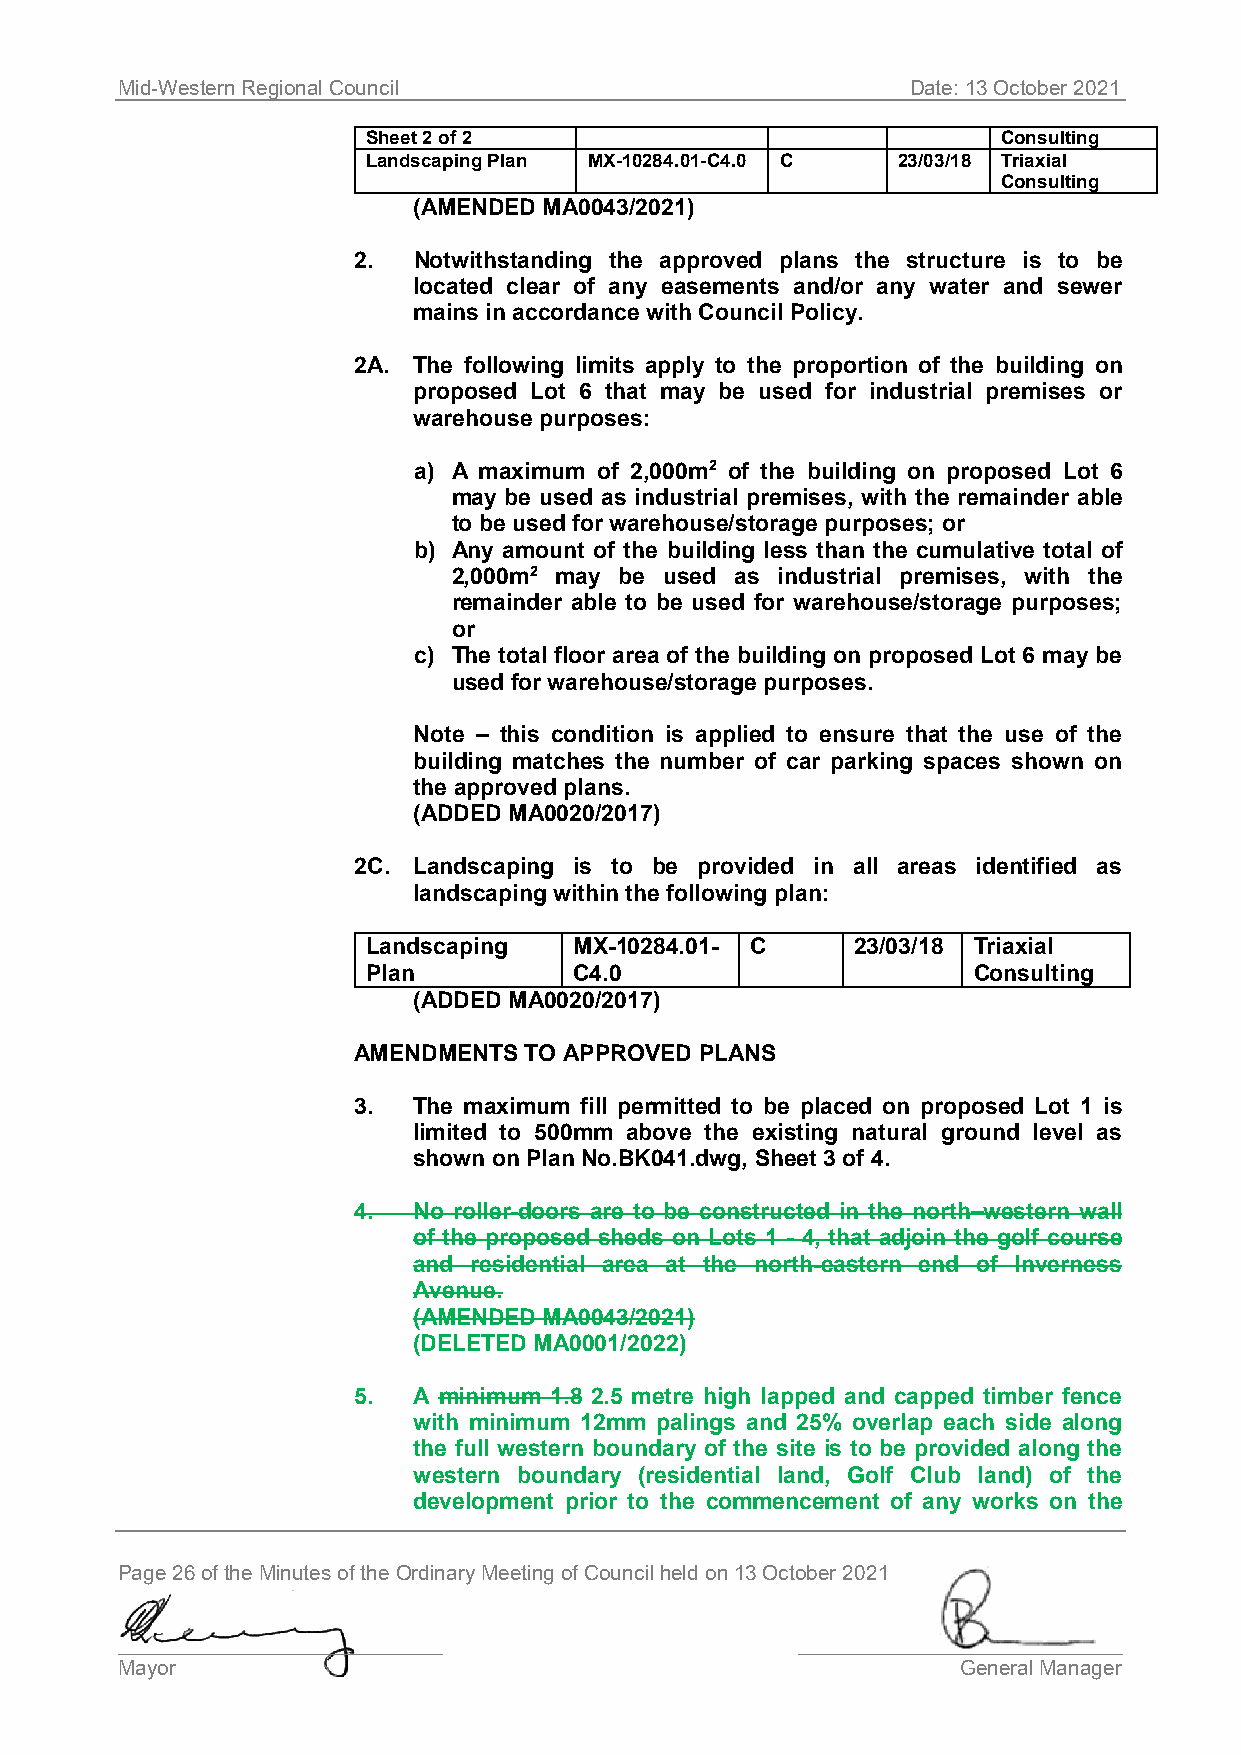
Mid-Western Regional Council                        Date: 13 October 2021
 Sheet 2 of 2                              Consulting
 Landscaping Plan MX-10284.01-C4.0 C 23/03/18 Triaxial
 Consulting
 (AMENDED MA0043/2021)
 2.  Notwithstanding the approved plans the structure is to be
 located clear of any easements and/or any water and sewer
 mains in accordance with Council Policy.
 2A. The following limits apply to the proportion of the building on
 proposed Lot 6 that may be used for industrial premises or
 warehouse purposes:
 a) A maximum of 2,000m2 of the building on proposed Lot 6
 may be used as industrial premises, with the remainder able
 to be used for warehouse/storage purposes; or
 b) Any amount of the building less than the cumulative total of
 2,000m2 may be used as industrial premises, with the
 remainder able to be used for warehouse/storage purposes;
 or
 c) The total floor area of the building on proposed Lot 6 may be
 used for warehouse/storage purposes.
 Note – this condition is applied to ensure that the use of the
 building matches the number of car parking spaces shown on
 the approved plans.
 (ADDED MA0020/2017)
 2C. Landscaping is to be provided in all areas identified as
 landscaping within the following plan:
 Landscaping   MX-10284.01- C     23/03/18 Triaxial
 Plan          C4.0                      Consulting
 (ADDED MA0020/2017)
 AMENDMENTS  TO APPROVED PLANS
 3.  The maximum fill permitted to be placed on proposed Lot 1 is
 limited to 500mm above the existing natural ground level as
 shown on Plan No.BK041.dwg, Sheet 3 of 4.
 4.  No roller-doors are to be constructed in the north–western wall
 of the proposed sheds on Lots 1 - 4, that adjoin the golf course
 and residential area at the north-eastern end of Inverness
 Avenue.
 (AMENDED MA0043/2021)
 (DELETED MA0001/2022)
 5.  A minimum 1.8 2.5 metre high lapped and capped timber fence
 with minimum 12mm palings and 25% overlap each side along
 the full western boundary of the site is to be provided along the
 western boundary (residential land, Golf Club land) of the
 development prior to the commencement of any works on the
 Page 26 of the Minutes of the Ordinary Meeting of Council held on 13 October 2021
 ____________________________                 ____________________________
 Mayor                                                   General Manager